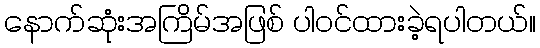
နောက်ဆုံးအကြိမ်အဖြစ် ပါဝင်ထားခဲ့ရပါတယ်။